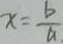
x = \frac { b } { a }